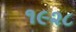
૧૯૨૮